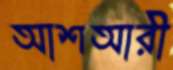
আশআরী